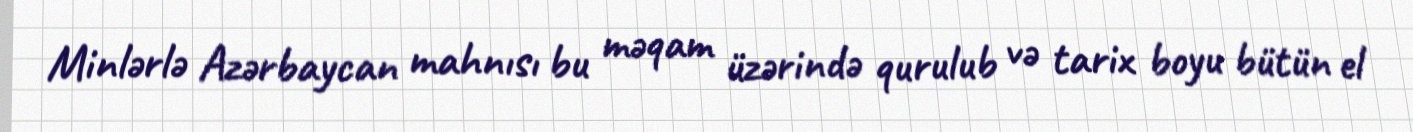
Minlərlə Azərbaycan mahnısı bu məqam üzərində qurulub və tarix boyu bütün el